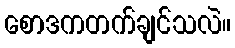
စောဒကတက်ချင်သလဲ။